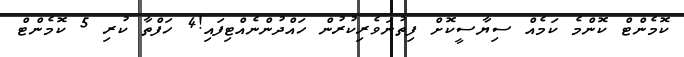
ކޮމެންޓް ކޮންމެ ކަމެއް ސިޔާސީކޮށް ފިތުނަވެރިކުރުން ހައްދުންނެއްޓިފައި!4 ހަފްތާ ކުރި 5 ކޮމެންޓް